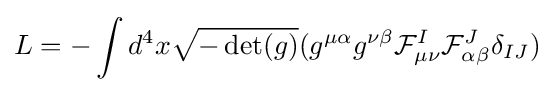
L=-\int d^{4}x{\sqrt {-\det(g)}}(g^{\mu \alpha }g^{\nu \beta }{\mathcal {F}}_{\mu \nu }^{I}{\mathcal {F}}_{\alpha \beta }^{J}\delta _{IJ})